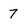
Character: 7